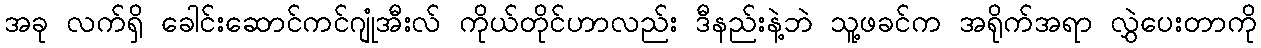
အခု လက်ရှိ ခေါင်းဆောင်ကင်ဂျုံအီးလ် ကိုယ်တိုင်ဟာလည်း ဒီနည်းနဲ့ဘဲ သူ့ဖခင်က အရိုက်အရာ လွှဲပေးတာကို